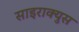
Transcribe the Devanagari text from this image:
साइराक्युस